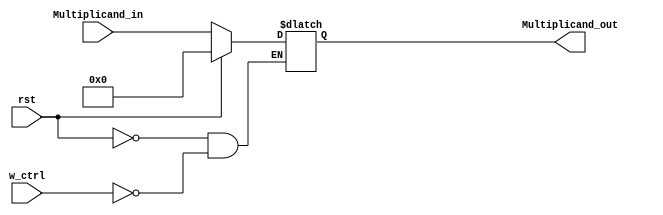
module Multiplicand(Multiplicand_in, rst, w_ctrl, Multiplicand_out);
input rst, w_ctrl;
input [31:0]Multiplicand_in;
output reg [31:0]Multiplicand_out;

always@(*)begin				//any change of input will action
	if(rst)begin			//reset the output to zero
		Multiplicand_out <= 0;
	end else if(w_ctrl)begin	//if write control on -> output = input
		Multiplicand_out <= Multiplicand_in;
	end
end

endmodule